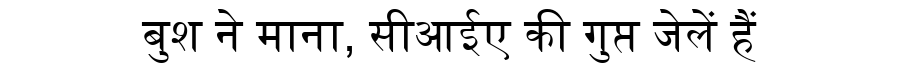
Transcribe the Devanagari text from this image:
बुश ने माना, सीआईए की गुप्त जेलें हैं